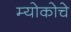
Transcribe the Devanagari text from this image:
म्योकोचे